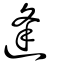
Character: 逢